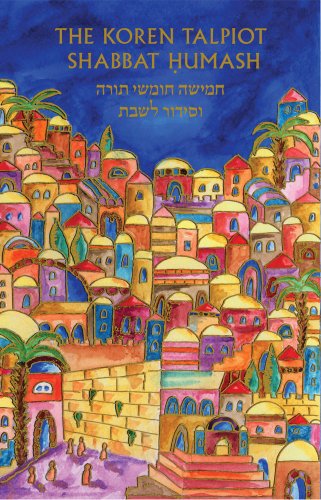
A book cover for Koren Talpiot Shabbat Humash (compact) (Hebrew Edition); Koren Publishers Jerusalem; Religion & Spirituality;